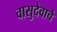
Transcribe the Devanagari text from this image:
वासुदेवाचे